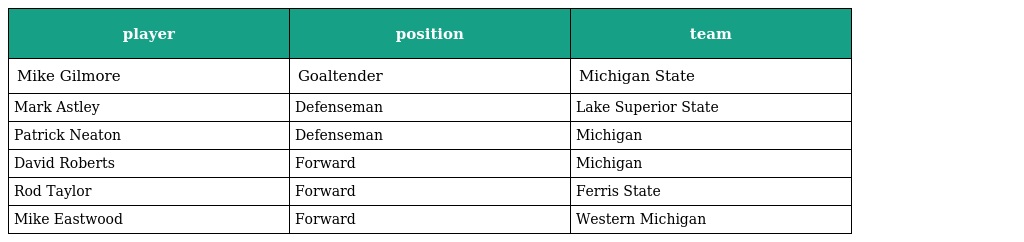
| player | position | team |
 | --- | --- | --- |
 | Mike Gilmore | Goaltender | Michigan State |
 | Mark Astley | Defenseman | Lake Superior State |
 | Patrick Neaton | Defenseman | Michigan |
 | David Roberts | Forward | Michigan |
 | Rod Taylor | Forward | Ferris State |
 | Mike Eastwood | Forward | Western Michigan |